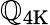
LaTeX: \mathbb{Q}\mathrm{{{_{4K}}}}